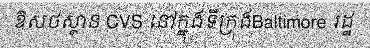
ឱសថស្ថាន CVS នៅក្នុងទីក្រុងBaltimore រដ្ឋ